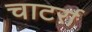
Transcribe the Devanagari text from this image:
चाटर्रा